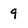
Character: 9